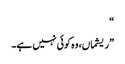
“
”ریشماں، وہ کوئی نہیں ہے۔